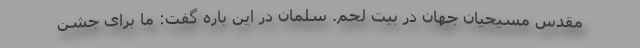
مقدس مسیحیان جهان در بیت لحم. سلمان در این باره گفت: ما برای جشن